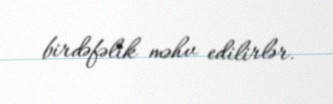
birdəfəlik məhv edilirlər.